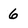
Character: 6